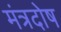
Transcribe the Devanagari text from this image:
मंत्रदोष